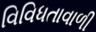
વિવિધતાવાળી